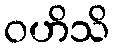
ဝဟိသိ